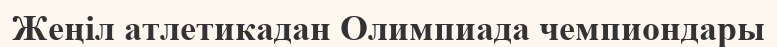
Жеңіл атлетикадан Олимпиада чемпиондары